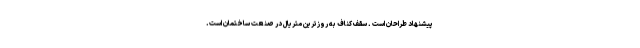
پیشنهاد طراحان است . سقف کناف به روزترین متریال در صنعت ساختمان است.